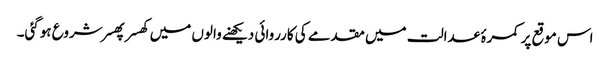
اس موقع پر کمرۂ عدالت میں مقدمے کی کارروائی دیکھنے والوں میں کھسر پھسر شروع ہوگئی۔